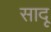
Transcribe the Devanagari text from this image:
सादू